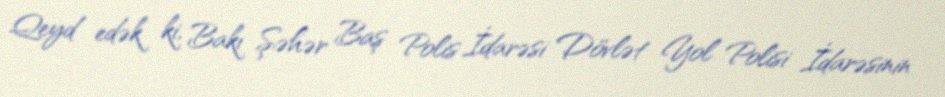
Qeyd edək ki, Bakı Şəhər Baş Polis İdarəsi Dövlət Yol Polisi İdarəsinin